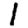
Digit: 1